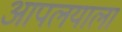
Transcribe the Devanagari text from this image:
आपलयाला